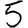
Digit: 5